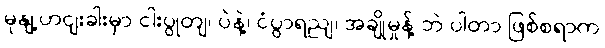
မုနျ့ဟငျးခါးမှာ ငါးပွုတျ၊ ပဲနဲ့၊ ငံပွာရညျ၊ အချိုမှုန့် ဘဲ ပါတာ ဖြစ်စရာက